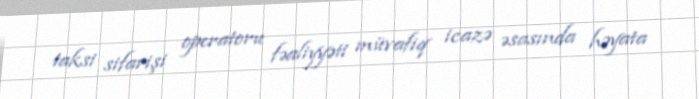
taksi sifarişi operatoru fəaliyyəti müvafiq icazə əsasında həyata